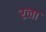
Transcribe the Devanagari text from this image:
रव्वा